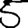
Digit: 5